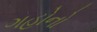
ગહોનો